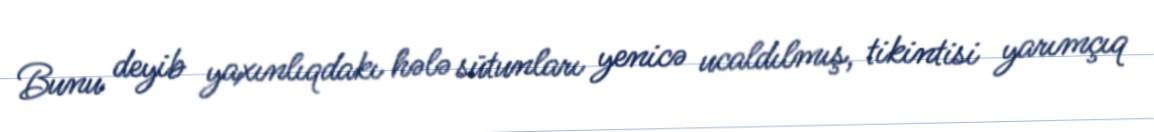
Bunu deyib yaxınlıqdakı hələ sütunları yenicə ucaldılmış, tikintisi yarımçıq